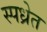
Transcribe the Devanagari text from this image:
स्पध्रेत